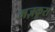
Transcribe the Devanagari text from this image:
मज़कूरा